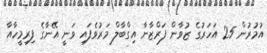
އުމުރުން 25 އަހަރުގެ ޒުވާން ފަރްޒާނާ އިގްބާލް މަރުވެފައި ވަނީ އޭނާގެ ފިރިމީހާއާ